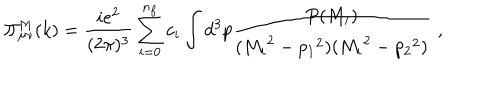
LaTeX: \Pi _ { \mu \nu } ^ { M } ( k ) = \frac { i e ^ { 2 } } { ( 2 \pi ) ^ { 3 } } \sum _ { i = 0 } ^ { n _ { f } } c _ { i } \int d ^ { 3 } p \frac { P ( M _ { i } ) } { ( { M _ { i } } ^ { 2 } - { p _ { 1 } } ^ { 2 } ) ( { M _ { i } } ^ { 2 } - { p _ { 2 } } ^ { 2 } ) } \, \, ,